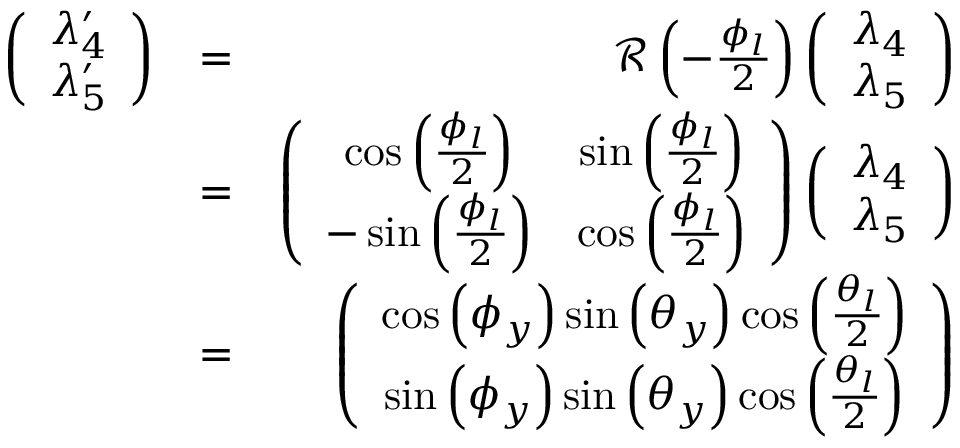
\begin{array} { r l r } { \left( \begin{array} { c } { \lambda _ { 4 } ^ { \prime } } \\ { \lambda _ { 5 } ^ { \prime } } \end{array} \right) } & { = } & { { \mathcal R } \left( - \frac { \phi _ { l } } { 2 } \right) \left( \begin{array} { c } { \lambda _ { 4 } } \\ { \lambda _ { 5 } } \end{array} \right) } \\ & { = } & { \left( \begin{array} { c c } { \cos \left( \frac { \phi _ { l } } { 2 } \right) } & { \sin \left( \frac { \phi _ { l } } { 2 } \right) } \\ { - \sin \left( \frac { \phi _ { l } } { 2 } \right) } & { \cos \left( \frac { \phi _ { l } } { 2 } \right) } \end{array} \right) \left( \begin{array} { c } { \lambda _ { 4 } } \\ { \lambda _ { 5 } } \end{array} \right) } \\ & { = } & { \left( \begin{array} { c } { \cos \left( \phi _ { y } \right) \sin \left( \theta _ { y } \right) \cos \left( \frac { \theta _ { l } } { 2 } \right) } \\ { \sin \left( \phi _ { y } \right) \sin \left( \theta _ { y } \right) \cos \left( \frac { \theta _ { l } } { 2 } \right) } \end{array} \right) } \end{array}